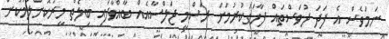
ނަމަވެސް އެ ފަދަ ދުވަސްތައް ފާހަގަކުރުމަށް ރަސްމީ ޖަލްސާއެއް ބާއްވާފައި ބިލެތް މީރުކޮށްލުމަކުން